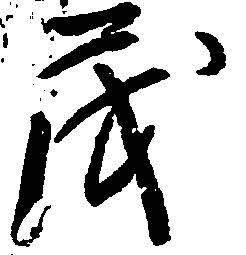
茂